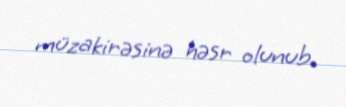
müzakirəsinə həsr olunub.